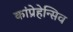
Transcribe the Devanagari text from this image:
कांप्रेहेन्सिव